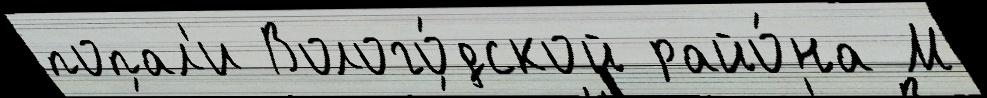
попал'и Волого́дской райо́на М